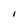
Character: l